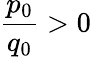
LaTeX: {\frac{p_{0}}{q_{0}}}>0